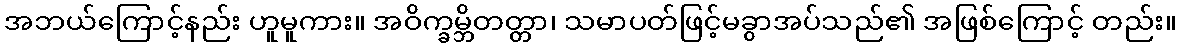
အဘယ်ကြောင့်နည်း ဟူမူကား။ အဝိက္ခမ္ဘိတတ္တာ၊ သမာပတ်ဖြင့်မခွာအပ်သည်၏ အဖြစ်ကြောင့် တည်း။